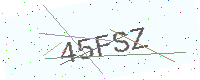
Text: 45FSZ